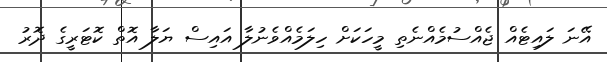
އޭނަ ލައިޓެއް ޖެއްސުމެއްނެތި މީހަކަށް ހިލަމެއްވެނުލާ އައިސް ޔަލާ އޮތް ކޮޓަރީގެ ދޮރު